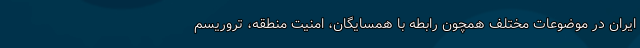
ایران در موضوعات مختلف همچون رابطه با همسایگان، امنیت منطقه، تروریسم